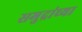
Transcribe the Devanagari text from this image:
समुद्रांच्या